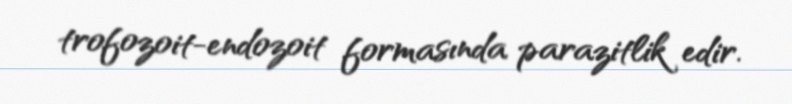
trofozoit-endozoit formasında parazitlik edir.